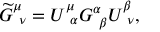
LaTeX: \widetilde { G } _ { \ \nu } ^ { \mu } = U _ { \ \alpha } ^ { \mu } G _ { \ \beta } ^ { \alpha } U _ { \ \nu } ^ { \beta } ,